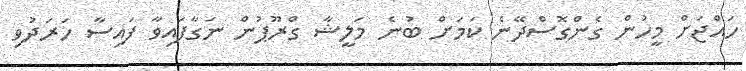
ހައްޖަށް މީހުން ގެންގޮސްދޭނެ ކަމަށް ބުނެ މަލީޝާ ގްރޫޕުން ނަގާފައިވާ ފައިސާ ހަރަދުވި